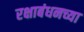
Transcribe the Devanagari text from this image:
रक्षाबंधनच्या